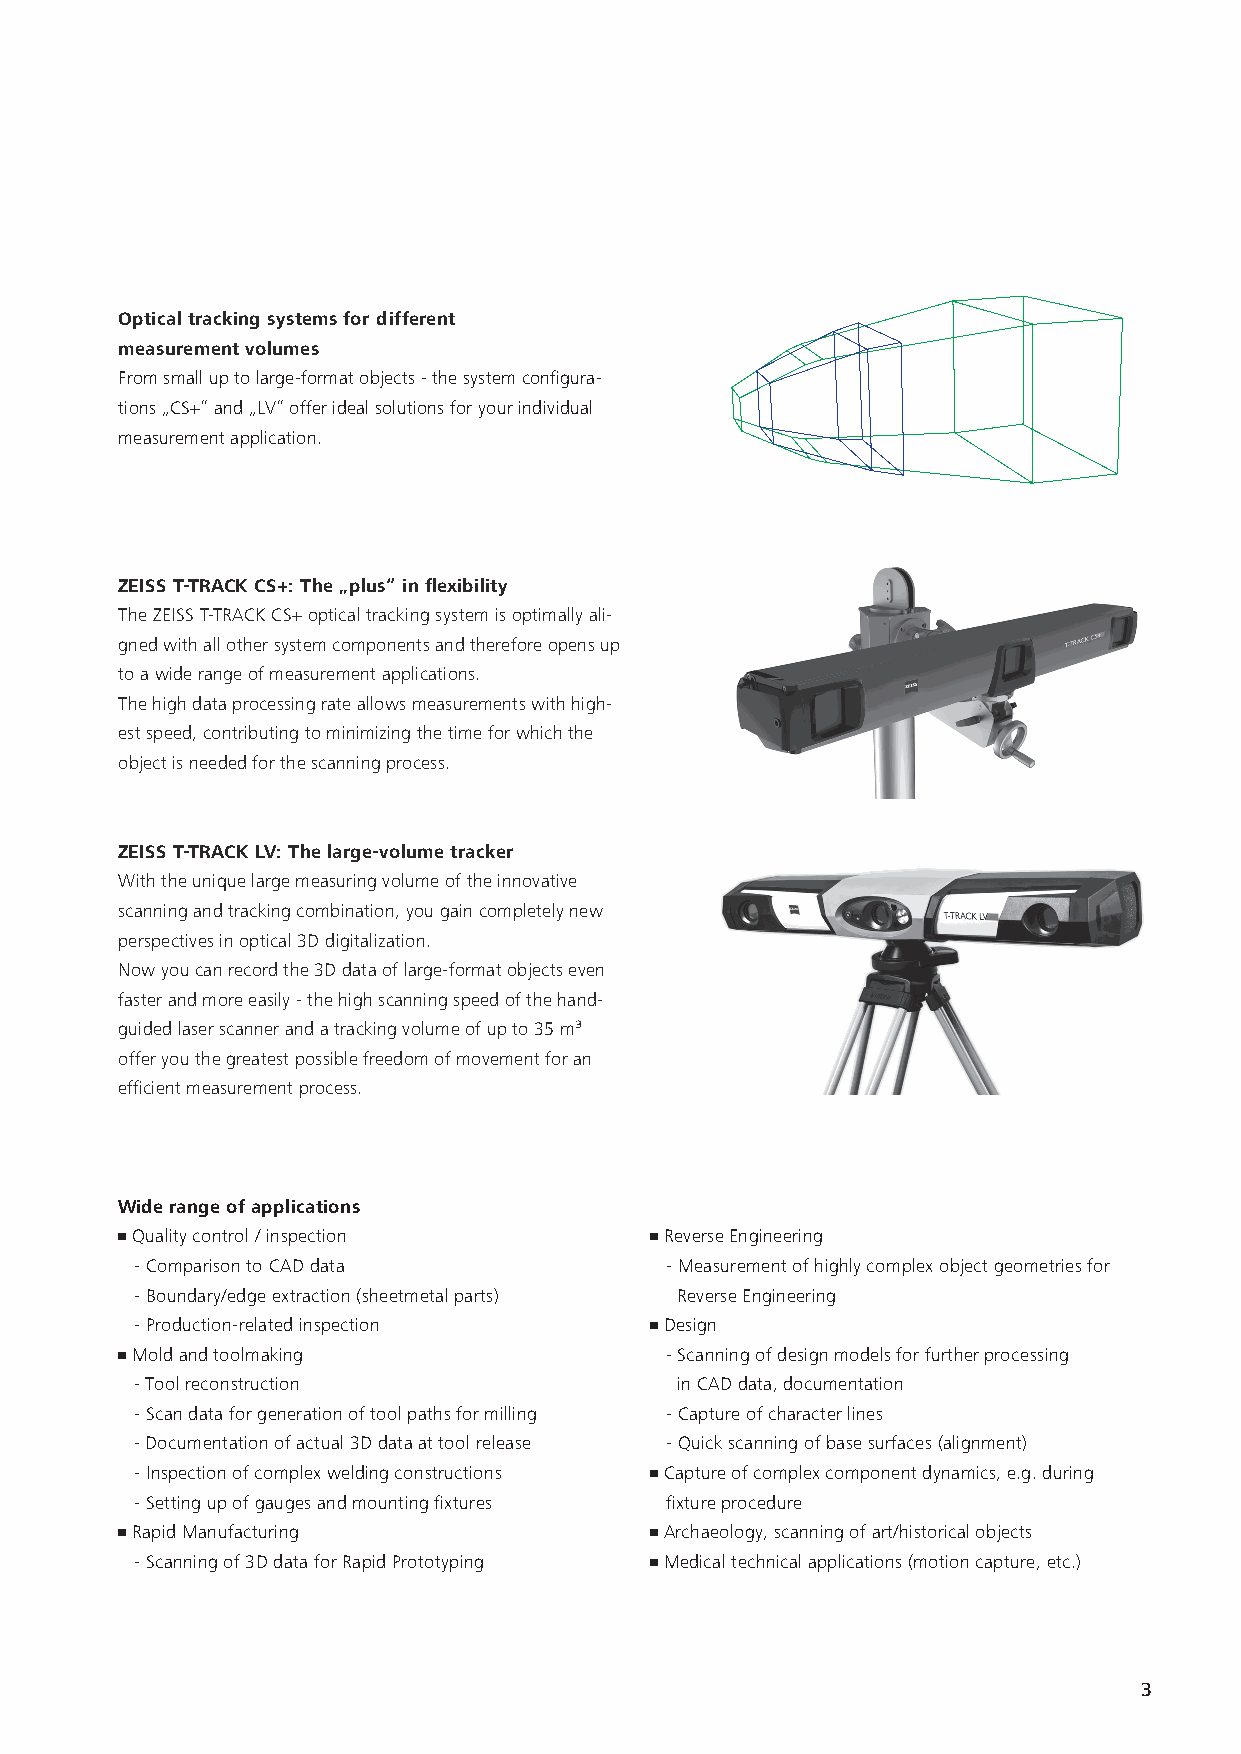
Optical tracking systems for different
 measurement volumes
 From small up to large-format objects - the system configura-
 tions „CS+“ and „LV“ offer ideal solutions for your individual
 measurement application.
 ZEISS T-TRACK CS+: The „plus“ in flexibility
 The ZEISS T-TRACK CS+ optical tracking system is optimally ali-
 gned with all other system components and therefore opens up
 to a wide range of measurement applications.
 The high data processing rate allows measurements with high-
 est speed, contributing to minimizing the time for which the
 object is needed for the scanning process.
 ZEISS T-TRACK LV: The large-volume tracker
 With the unique large measuring volume of the innovative
 scanning and tracking combination, you gain completely new
 perspectives in optical 3D digitalization.
 Now you can record the 3D data of large-format objects even
 faster and more easily - the high scanning speed of the hand-
 guided laser scanner and a tracking volume of up to 35 m³
 offer you the greatest possible freedom of movement for an
 efficient measurement process.
 Wide range of applications
 • Quality control / inspection     • Reverse Engineering
 - Comparison to CAD data           - Measurement of highly complex object geometries for
 - Boundary/edge extraction (sheetmetal parts) Reverse Engineering
 - Production-related inspection   • Design
 • Mold and toolmaking               - Scanning of design models for further processing
 - Tool reconstruction               in CAD data, documentation
 - Scan data for generation of tool paths for milling - Capture of character lines
 - Documentation of actual 3D data at tool release - Quick scanning of base surfaces (alignment)
 - Inspection of complex welding constructions • Capture of complex component dynamics, e.g. during
 - Setting up of gauges and mounting fixtures fixture procedure
 • Rapid Manufacturing              • Archaeology, scanning of art/historical objects
 - Scanning of 3D data for Rapid Prototyping • Medical technical applications (motion capture, etc.)
 3